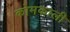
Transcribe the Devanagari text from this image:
कोमकाली